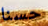
حسنا